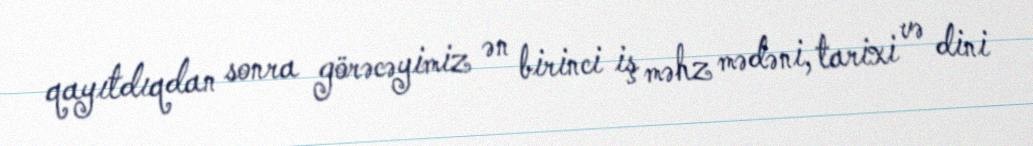
qayıtdıqdan sonra görəcəyimiz ən birinci iş məhz mədəni, tarixi və dini